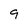
Character: q